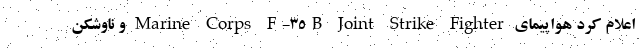
اعلام کرد هواپیمای Marine Corps F-۳۵B Joint Strike Fighter و ناوشکن